Vaccination in the Punjab 1883-1896 - 1883-1896
Year: 1883
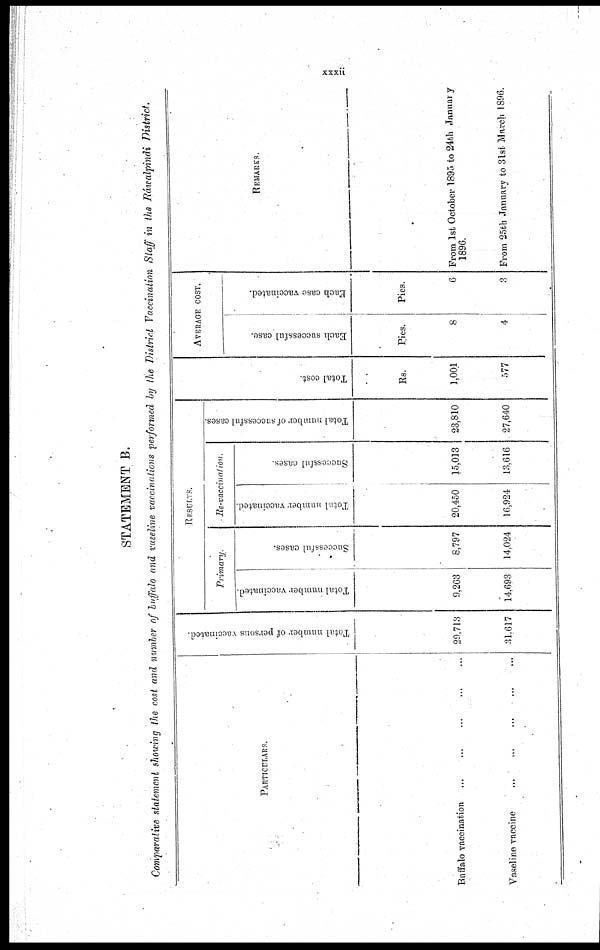
xxxii
STATEMENT B.
Comparative statement showing the cost and number of buffalo and vaseline vaccinations performed by the District Vaccination Staff in the Ráwalpindi
District.
PARTICULARS.
Buffalo vaccination ... ... ... ... ...
Vaseline vaccine ... ... ... ... ...
Total number of persons vaccinated.
29,713
31,617
RESULTS.
Primary.
Total number vaccinated.
9,263
14,693
Successful cases.
8,797
14,024
Re-vaccination.
Total number vaccinated.
20,450
16,924
Successful cases.
15,013
13,616
Total number of successful cases.
23,810
27,640
Total cost.
Rs.
1,001
577
AVERAGE COST.
Each successful case.
Pies.
8
4
Each case vaccinated.
Pies.
6
3
REMARKS.
From 1st October 1895 to 24th January
1896.
From 25tb January to 31st March 1896.